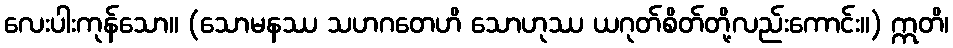
လေးပါးကုန်သော။ (သောမနဿ သဟဂတေဟိ သောဟုဿ ယဂုတ်စိတ်တို့လည်းကောင်း။) ဣတိ၊